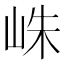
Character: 𪨴